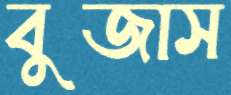
বুজাস